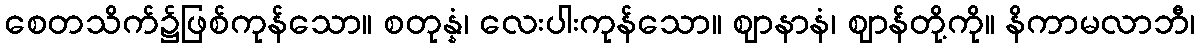
စေတသိက်၌ဖြစ်ကုန်သော။ စတုန္နံ၊ လေးပါးကုန်သော။ ဈာနာနံ၊ ဈာန်တို့ကို။ နိကာမလာဘီ၊